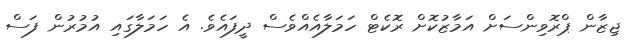
ޖިޒާން ޕްރޮވިންސަށް އަމާޒުކޮށް ރޮކެޓް ހަމަލާއެއްވެސް ދީފައެވެ. އެ ހަމަލާގައި އުމުރުން ފަސް